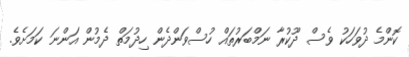
ކޮންމެ ދުވަހަކު ވެސް ދޫކުރާ ނަމްބަރުތައް ހުސްވަންދެން ހިދުމަތް ދެމުން އަންނަ ކަމަށެވެ.